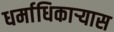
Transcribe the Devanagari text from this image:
धर्माधिकार्‍यास